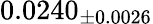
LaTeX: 0.0240_{\pm 0.0026}